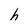
Character: h